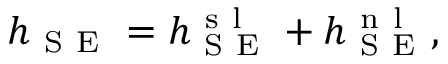
h _ { \mathrm { ~ S ~ E ~ } } = h _ { \mathrm { ~ S ~ E ~ } } ^ { \mathrm { ~ s ~ l ~ } } + h _ { \mathrm { ~ S ~ E ~ } } ^ { \mathrm { ~ n ~ l ~ } } ,